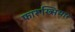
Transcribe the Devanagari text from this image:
फारूख्सियार